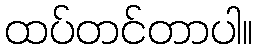
ထပ်တင်တာပါ။